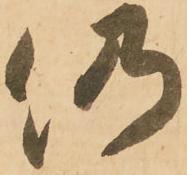
仍